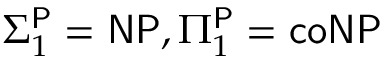
\Sigma _ { 1 } ^ { \mathsf { P } } = { \mathsf { N P } } , \Pi _ { 1 } ^ { \mathsf { P } } = { \mathsf { c o N P } }